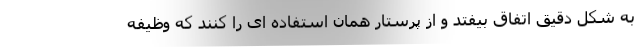
به شکل دقیق اتفاق بیفتد و از پرستار همان استفاده ای را کنند که وظیفه